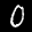
Label: 0